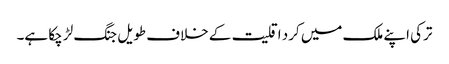
ترکی اپنے ملک میں کرد اقلیت کے خلاف طویل جنگ لڑ چکا ہے۔